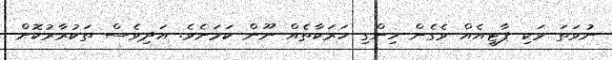
ނުވަތަ ވަކި ޕާޓީއެއް ވެގެން ހިންގިި ހަރަކާތެއް ނޫން ކަމަށެވެ. އަދިވެސް ތަކުރާރުކޮށް